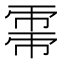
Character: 𢄀